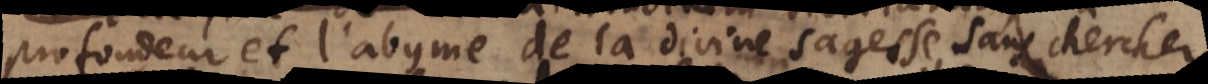
profondeur et l’abyme de la divine sagesse, sans chercher